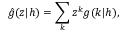
\hat { g } ( z | h ) = \sum _ { k } z ^ { k } g ( k | h ) ,